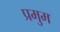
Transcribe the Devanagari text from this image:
प्रमुम